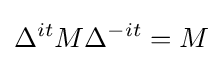
\Delta ^{it}M\Delta ^{-it}=M